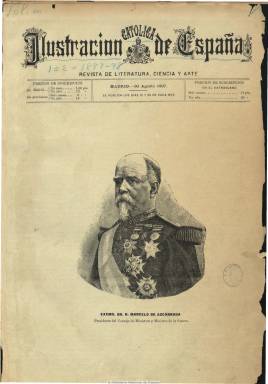
Título: Ilustración católica de España
Colección: Religión || Literatura
Ámbito geográfico: Madrid
Lugar de publicación: Madrid
Fechas: 30/08/1897-31/12/1899

Con esta variación en el título, es continuadora de La ilustración católica (1877-1894), como revista confesional del neocatolicismo militante e integrista español, “sin que varíen en nada la tendencia y el carácter”, tal como señala en el artículo de presentación de su primer número, correspondiente al 30 de agosto de 1897. Su director gerente es Miguel Gómez Cano, tiene una periodicidad quincenal y es editada, generalmente, en números de 16 páginas, con un mayor número de grabados e ilustraciones que su antecesora, insertando también fotografías.

Subtitulada “”revista  de literatura, ciencia y arte”, inicia nueva secuencia, y también en su primer número dice que contará para su redacción con la colaboración de los prelados españoles y con escritores católicos como Marcelino Menéndez y Pelayo, Valentín Gómez, Ángel Salcedo Ruiz, Antonio Balbín de Unquera y Eugenio Ochoa, entre otros.

Mantiene la sección de crónica en donde es comentada la actualidad, generalmente la relativa a la actividad eclesiástica y religiosa, pero con incursiones también en la política. Asimismo da cabida a la creación literaria, tanto en prosa como en verso, de tipo moralista, a algunas biografías de personajes católicos, e incluso a algunas anotaciones sobre modas. En algunos de los comentarios sobre el caso Dreyfus y Emilio Zola se observa un cierto antisemitismo. En todo caso, y como indican sus editores sus planas estarán dedicadas, “ante todo, a lo verdaderamente cristiano”.

Igual que su antecesora, su portada es ocupada por un grabado, algunas veces son retratos de personalidades católicas o de algún mandatario político, pero sobre todo de reproducciones artísticas de la imaginería católica. Estas también abundan en su interior, con otros grabados y fotografías de retratos, templos, centros educativos y monumentos católicos, así como vistas de ciudades. Incluso hace una incursión en el humor, con dibujos cómicos. La publicidad comercial llega a ocupar el verso de la portada y las últimas páginas.

La colección de este título en la Biblioteca Nacional de España es incompleta. En su último número, correspondiente a diciembre de 1899, señala que, en su sustitución, aparecerá el diario La patria.